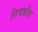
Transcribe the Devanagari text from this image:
निचक्रीय